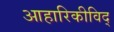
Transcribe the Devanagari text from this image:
आहारिकीविद्